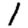
Digit: 1